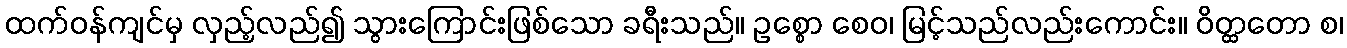
ထက်ဝန်ကျင်မှ လှည့်လည်၍ သွားကြောင်းဖြစ်သော ခရီးသည်။ ဥစ္စော စေဝ၊ မြင့်သည်လည်းကောင်း။ ဝိတ္ထတော စ၊